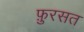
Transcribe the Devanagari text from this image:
फ़ुरसत